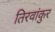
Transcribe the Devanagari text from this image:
तिरवांकुर